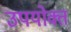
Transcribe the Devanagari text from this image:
उपयोक्त